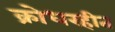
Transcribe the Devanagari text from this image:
क्रोधरहीत